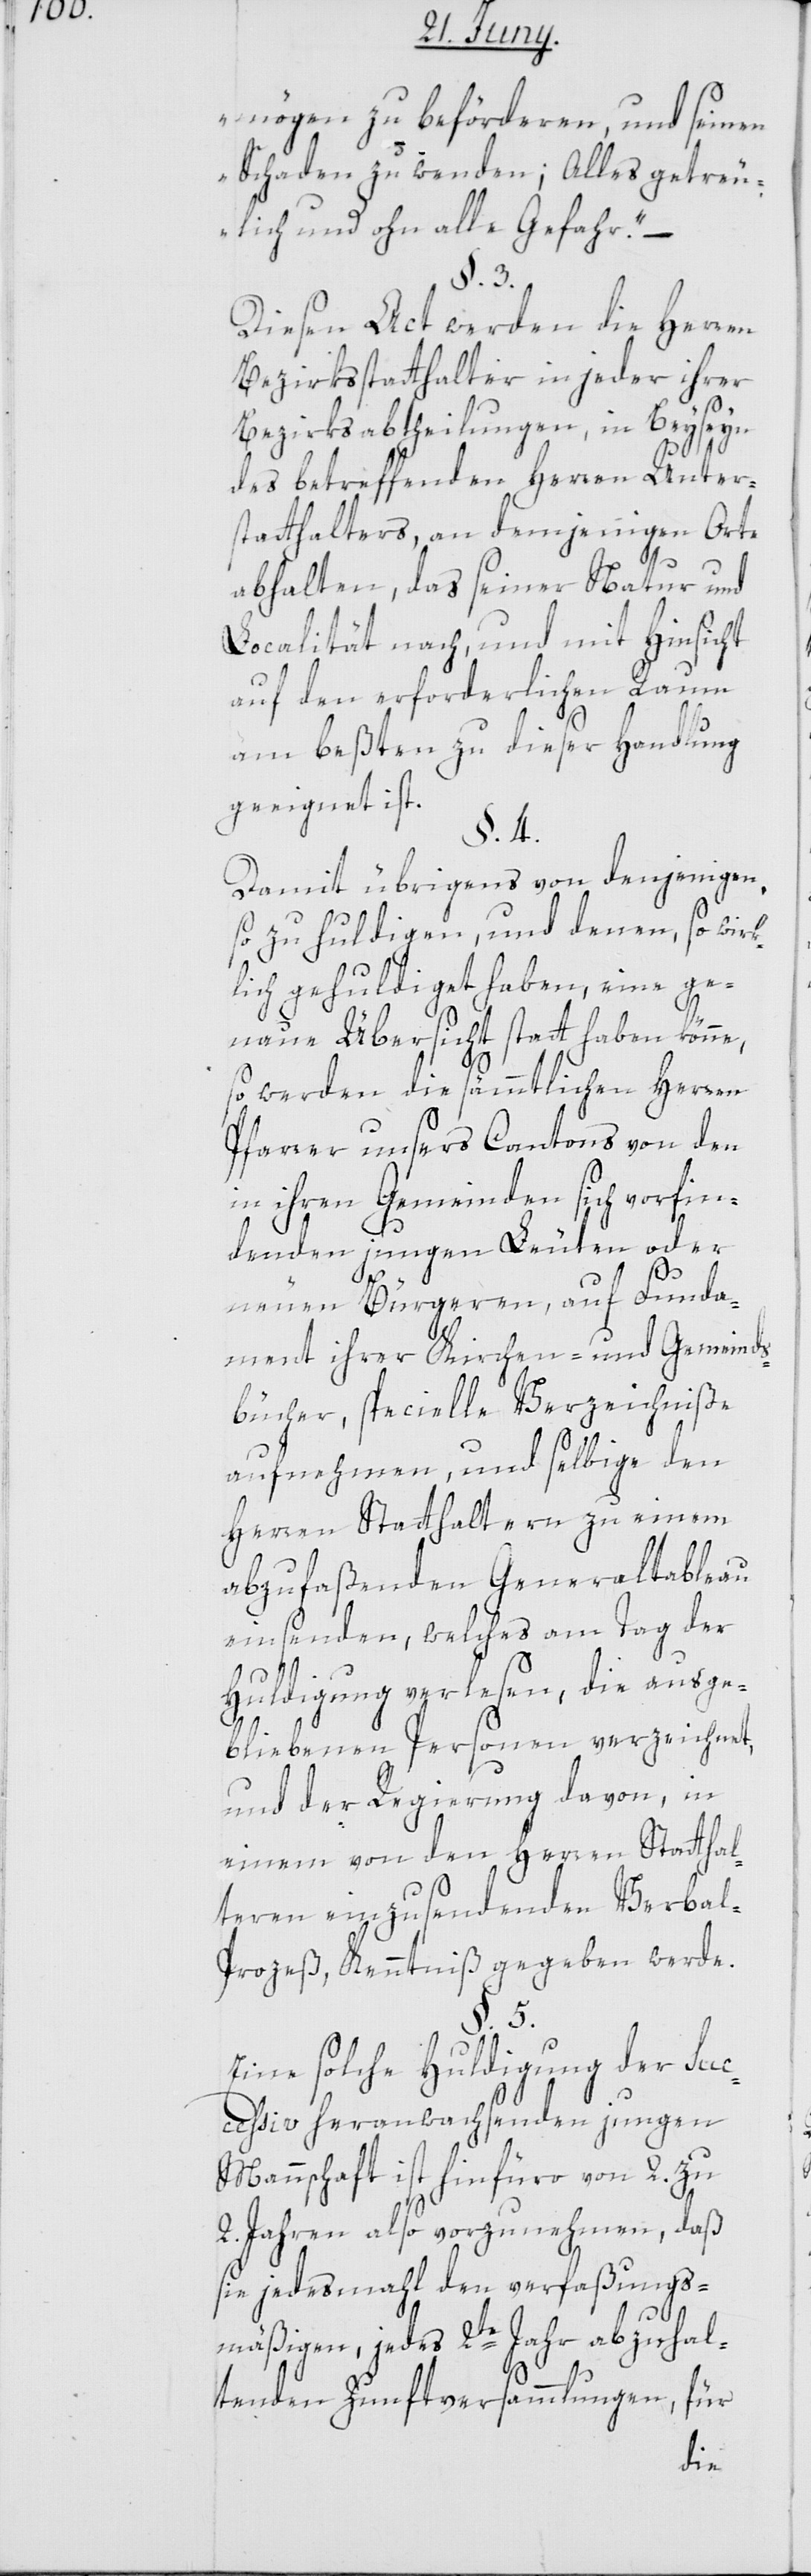
mögen zu beförderen, und seinen
Schaden zu wenden. Alles getreu¬
lich und ohne alle Gefahr.“
§. 3.
Diesen Act werden die Herren
Bezirksstatthalter in jeder ihrer
Bezirksabtheilungen, in Beyseyn
des betreffenden Herren Unter¬
statthalters, an denjenigen Orte
abhalten, das seiner Natur und
Localität nach, und mit Hinsicht
auf den erforderlichen Raum,
am beßten zu dieser Handlung
geeignet ist.
§. 4.
Damit übrigens von denjenigen,
so zu huldigen, und denen, so wirk¬
lich gehuldiget haben, eine ge¬
naue Übersicht statthaben könne,
so werden die sämmtlichen Herren
Pfarrer unsers Cantons von den
in ihren Gemeinden sich vorfin¬
denden jungen Leuten oder
neuen Bürgeren, auf Funda¬
ment ihrer Kirchen- und Gemeinds¬
bücher, specielle Verzeichniße
aufnehmen, und selbige den
Herren Statthaltern zu einem
abzufaßenden Generaltableau
einsenden, welches am Tag der
Huldigung verlesen, die ausge¬
bliebenen Personen verzeichnet,
und der Regierung davon, in
einem von den Herren Statthal¬
teren einzusendenen Verbal-P¬
rozeß, Kenntniß gegeben werde.
§. 5.
Eine solche Huldigung der suc¬
ceßiv heranwachsenden jungen
Mannschaft ist hinfüro von 2. zu
2. Jahren also vorzunehmen, daß
sie jedesmahl den verfaßungs¬
mäßigen, jedes 2te Jahr abzuhal¬
tenden Zunftversammlungen, für